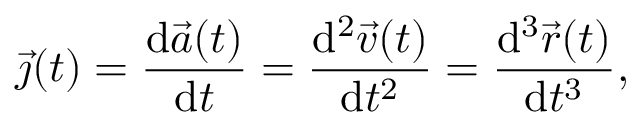
{ \vec { \jmath } } ( t ) = { \frac { \mathrm { d } { \vec { a } } ( t ) } { \mathrm { d } t } } = { \frac { \mathrm { d } ^ { 2 } { \vec { v } } ( t ) } { \mathrm { d } t ^ { 2 } } } = { \frac { \mathrm { d } ^ { 3 } { \vec { r } } ( t ) } { \mathrm { d } t ^ { 3 } } } ,